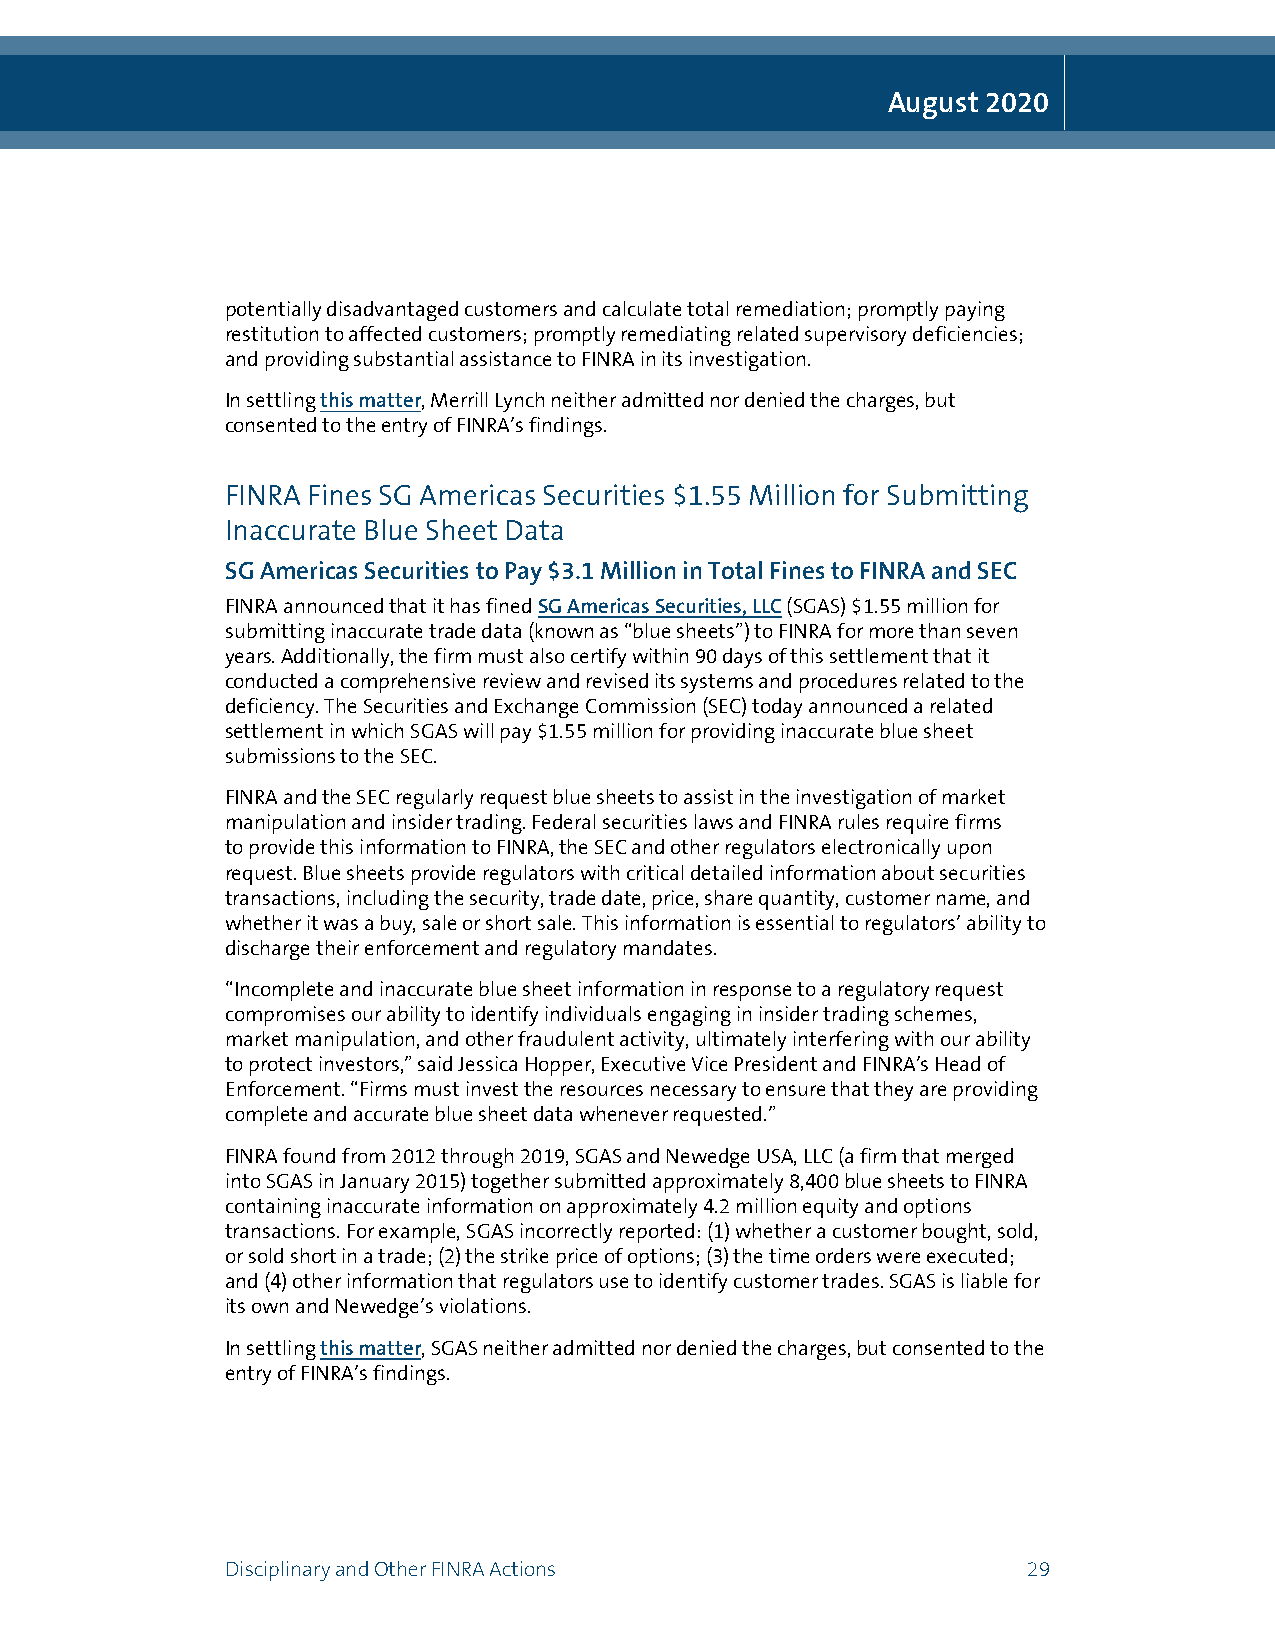
August 2020
 potentially disadvantaged customers and calculate total remediation; promptly paying
 restitution to affected customers; promptly remediating related supervisory deficiencies;
 and providing substantial assistance to FINRA in its investigation.
 In settling this matter, Merrill Lynch neither admitted nor denied the charges, but
 consented to the entry of FINRA’s findings.
 FINRA Fines SG Americas Securities $1.55 Million for Submitting
 Inaccurate Blue Sheet Data
 SG Americas Securities to Pay $3.1 Million in Total Fines to FINRA and SEC
 FINRA announced that it has fined SG Americas Securities, LLC (SGAS) $1.55 million for
 submitting inaccurate trade data (known as “blue sheets”) to FINRA for more than seven
 years. Additionally, the firm must also certify within 90 days of this settlement that it
 conducted a comprehensive review and revised its systems and procedures related to the
 deficiency. The Securities and Exchange Commission (SEC) today announced a related
 settlement in which SGAS will pay $1.55 million for providing inaccurate blue sheet
 submissions to the SEC.
 FINRA and the SEC regularly request blue sheets to assist in the investigation of market
 manipulation and insider trading. Federal securities laws and FINRA rules require firms
 to provide this information to FINRA, the SEC and other regulators electronically upon
 request. Blue sheets provide regulators with critical detailed information about securities
 transactions, including the security, trade date, price, share quantity, customer name, and
 whether it was a buy, sale or short sale. This information is essential to regulators’ ability to
 discharge their enforcement and regulatory mandates.
 “Incomplete and inaccurate blue sheet information in response to a regulatory request
 compromises our ability to identify individuals engaging in insider trading schemes,
 market manipulation, and other fraudulent activity, ultimately interfering with our ability
 to protect investors,” said Jessica Hopper, Executive Vice President and FINRA’s Head of
 Enforcement. “Firms must invest the resources necessary to ensure that they are providing
 complete and accurate blue sheet data whenever requested.”
 FINRA found from 2012 through 2019, SGAS and Newedge USA, LLC (a firm that merged
 into SGAS in January 2015) together submitted approximately 8,400 blue sheets to FINRA
 containing inaccurate information on approximately 4.2 million equity and options
 transactions. For example, SGAS incorrectly reported: (1) whether a customer bought, sold,
 or sold short in a trade; (2) the strike price of options; (3) the time orders were executed;
 and (4) other information that regulators use to identify customer trades. SGAS is liable for
 its own and Newedge’s violations.
 In settling this matter, SGAS neither admitted nor denied the charges, but consented to the
 entry of FINRA’s findings.
 Disciplinary and Other FINRA Actions                 29